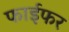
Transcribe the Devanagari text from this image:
फाईफर